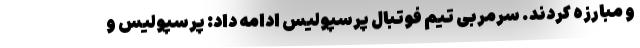
و مبارزه کردند. سرمربی تیم فوتبال پرسپولیس ادامه داد: پرسپولیس و